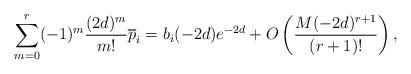
LaTeX: \begin{align*}\sum_{m=0}^{r}(-1)^m\frac{(2d)^m}{m!}\overline{p}_i=b_i(-2d)e^{-2d}+O\left( \frac{M (-2d)^{r+1}}{(r+1)!} \right),\end{align*}